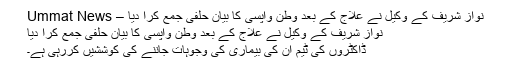
نواز شریف کے وکیل نے علاج کے بعد وطن واپسی کا بیان حلفی جمع کرا دیا – Ummat News
نواز شریف کے وکیل نے علاج کے بعد وطن واپسی کا بیان حلفی جمع کرا دیا
ڈاکٹروں کی ٹیم ان کی بیماری کی وجوہات جاننے کی کوششیں کررہی ہے۔